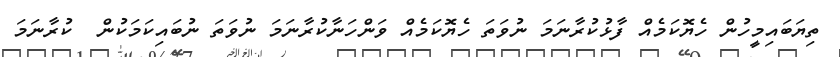
ތިޔަބައިމީހުން ހެޔޮކަމެއް ފާޅުކުރާނަމަ ނުވަތަ ހެޔޮކަމެއް ވަންހަނާކުރާނަމަ ނުވަތަ ނުބައިކަމަކުން  ކުރާނަމަ